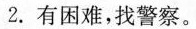
2. 有困难,找警察.